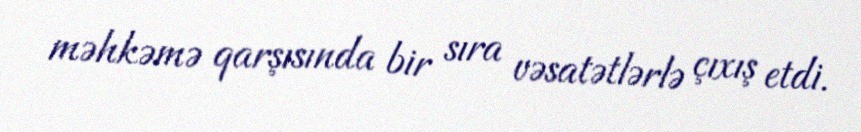
məhkəmə qarşısında bir sıra vəsatətlərlə çıxış etdi.